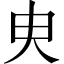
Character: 㬰